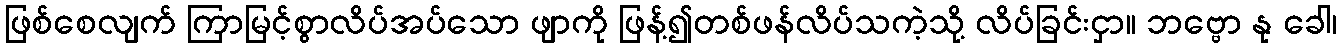
ဖြစ်စေလျက် ကြာမြင့်စွာလိပ်အပ်သော ဖျာကို ဖြန့်၍တစ်ဖန်လိပ်သကဲ့သို့ လိပ်ခြင်းငှာ။ ဘဗ္ဗော နု ခေါ၊